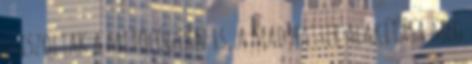
csiszoltak a mitológián is, a mad hatter alakítása meg